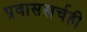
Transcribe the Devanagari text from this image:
प्रवासखर्चही